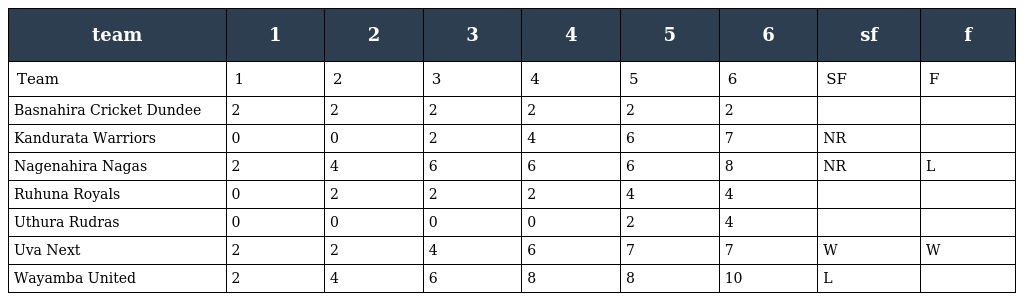
| team | 1 | 2 | 3 | 4 | 5 | 6 | sf | f |
 | --- | --- | --- | --- | --- | --- | --- | --- | --- |
 | Team | 1 | 2 | 3 | 4 | 5 | 6 | SF | F |
 | Basnahira Cricket Dundee | 2 | 2 | 2 | 2 | 2 | 2 |  |  |
 | Kandurata Warriors | 0 | 0 | 2 | 4 | 6 | 7 | NR |  |
 | Nagenahira Nagas | 2 | 4 | 6 | 6 | 6 | 8 | NR | L |
 | Ruhuna Royals | 0 | 2 | 2 | 2 | 4 | 4 |  |  |
 | Uthura Rudras | 0 | 0 | 0 | 0 | 2 | 4 |  |  |
 | Uva Next | 2 | 2 | 4 | 6 | 7 | 7 | W | W |
 | Wayamba United | 2 | 4 | 6 | 8 | 8 | 10 | L |  |